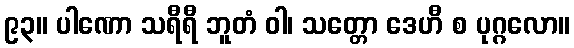
၉၃။ ပါဏော သရီရီ ဘူတံ ဝါ၊ သတ္တော ဒေဟီ စ ပုဂ္ဂလော။